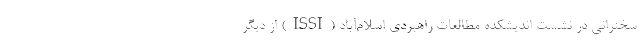
سخنرانی در نشست اندیشکده مطالعات راهبردی اسلام‌آباد (ISSI) از دیگر